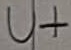
Text: U+